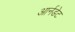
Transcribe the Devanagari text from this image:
आर्नडेट